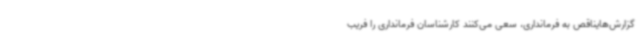
گزارش‌هایناقص به فرمانداری، سعی می‌کنند کارشناسان فرمانداری را فریب